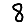
Digit: 8